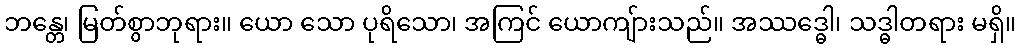
ဘန္တေ၊ မြတ်စွာဘုရား။ ယော သော ပုရိသော၊ အကြင် ယောကျ်ားသည်။ အဿဒ္ဓေါ၊ သဒ္ဓါတရား မရှိ။